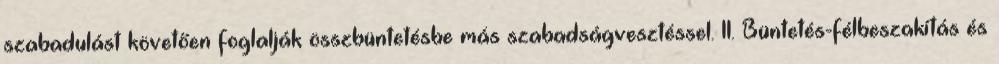
szabadulást követően foglalják összbüntetésbe más szabadságvesztéssel. 11. Büntetés-félbeszakítás és